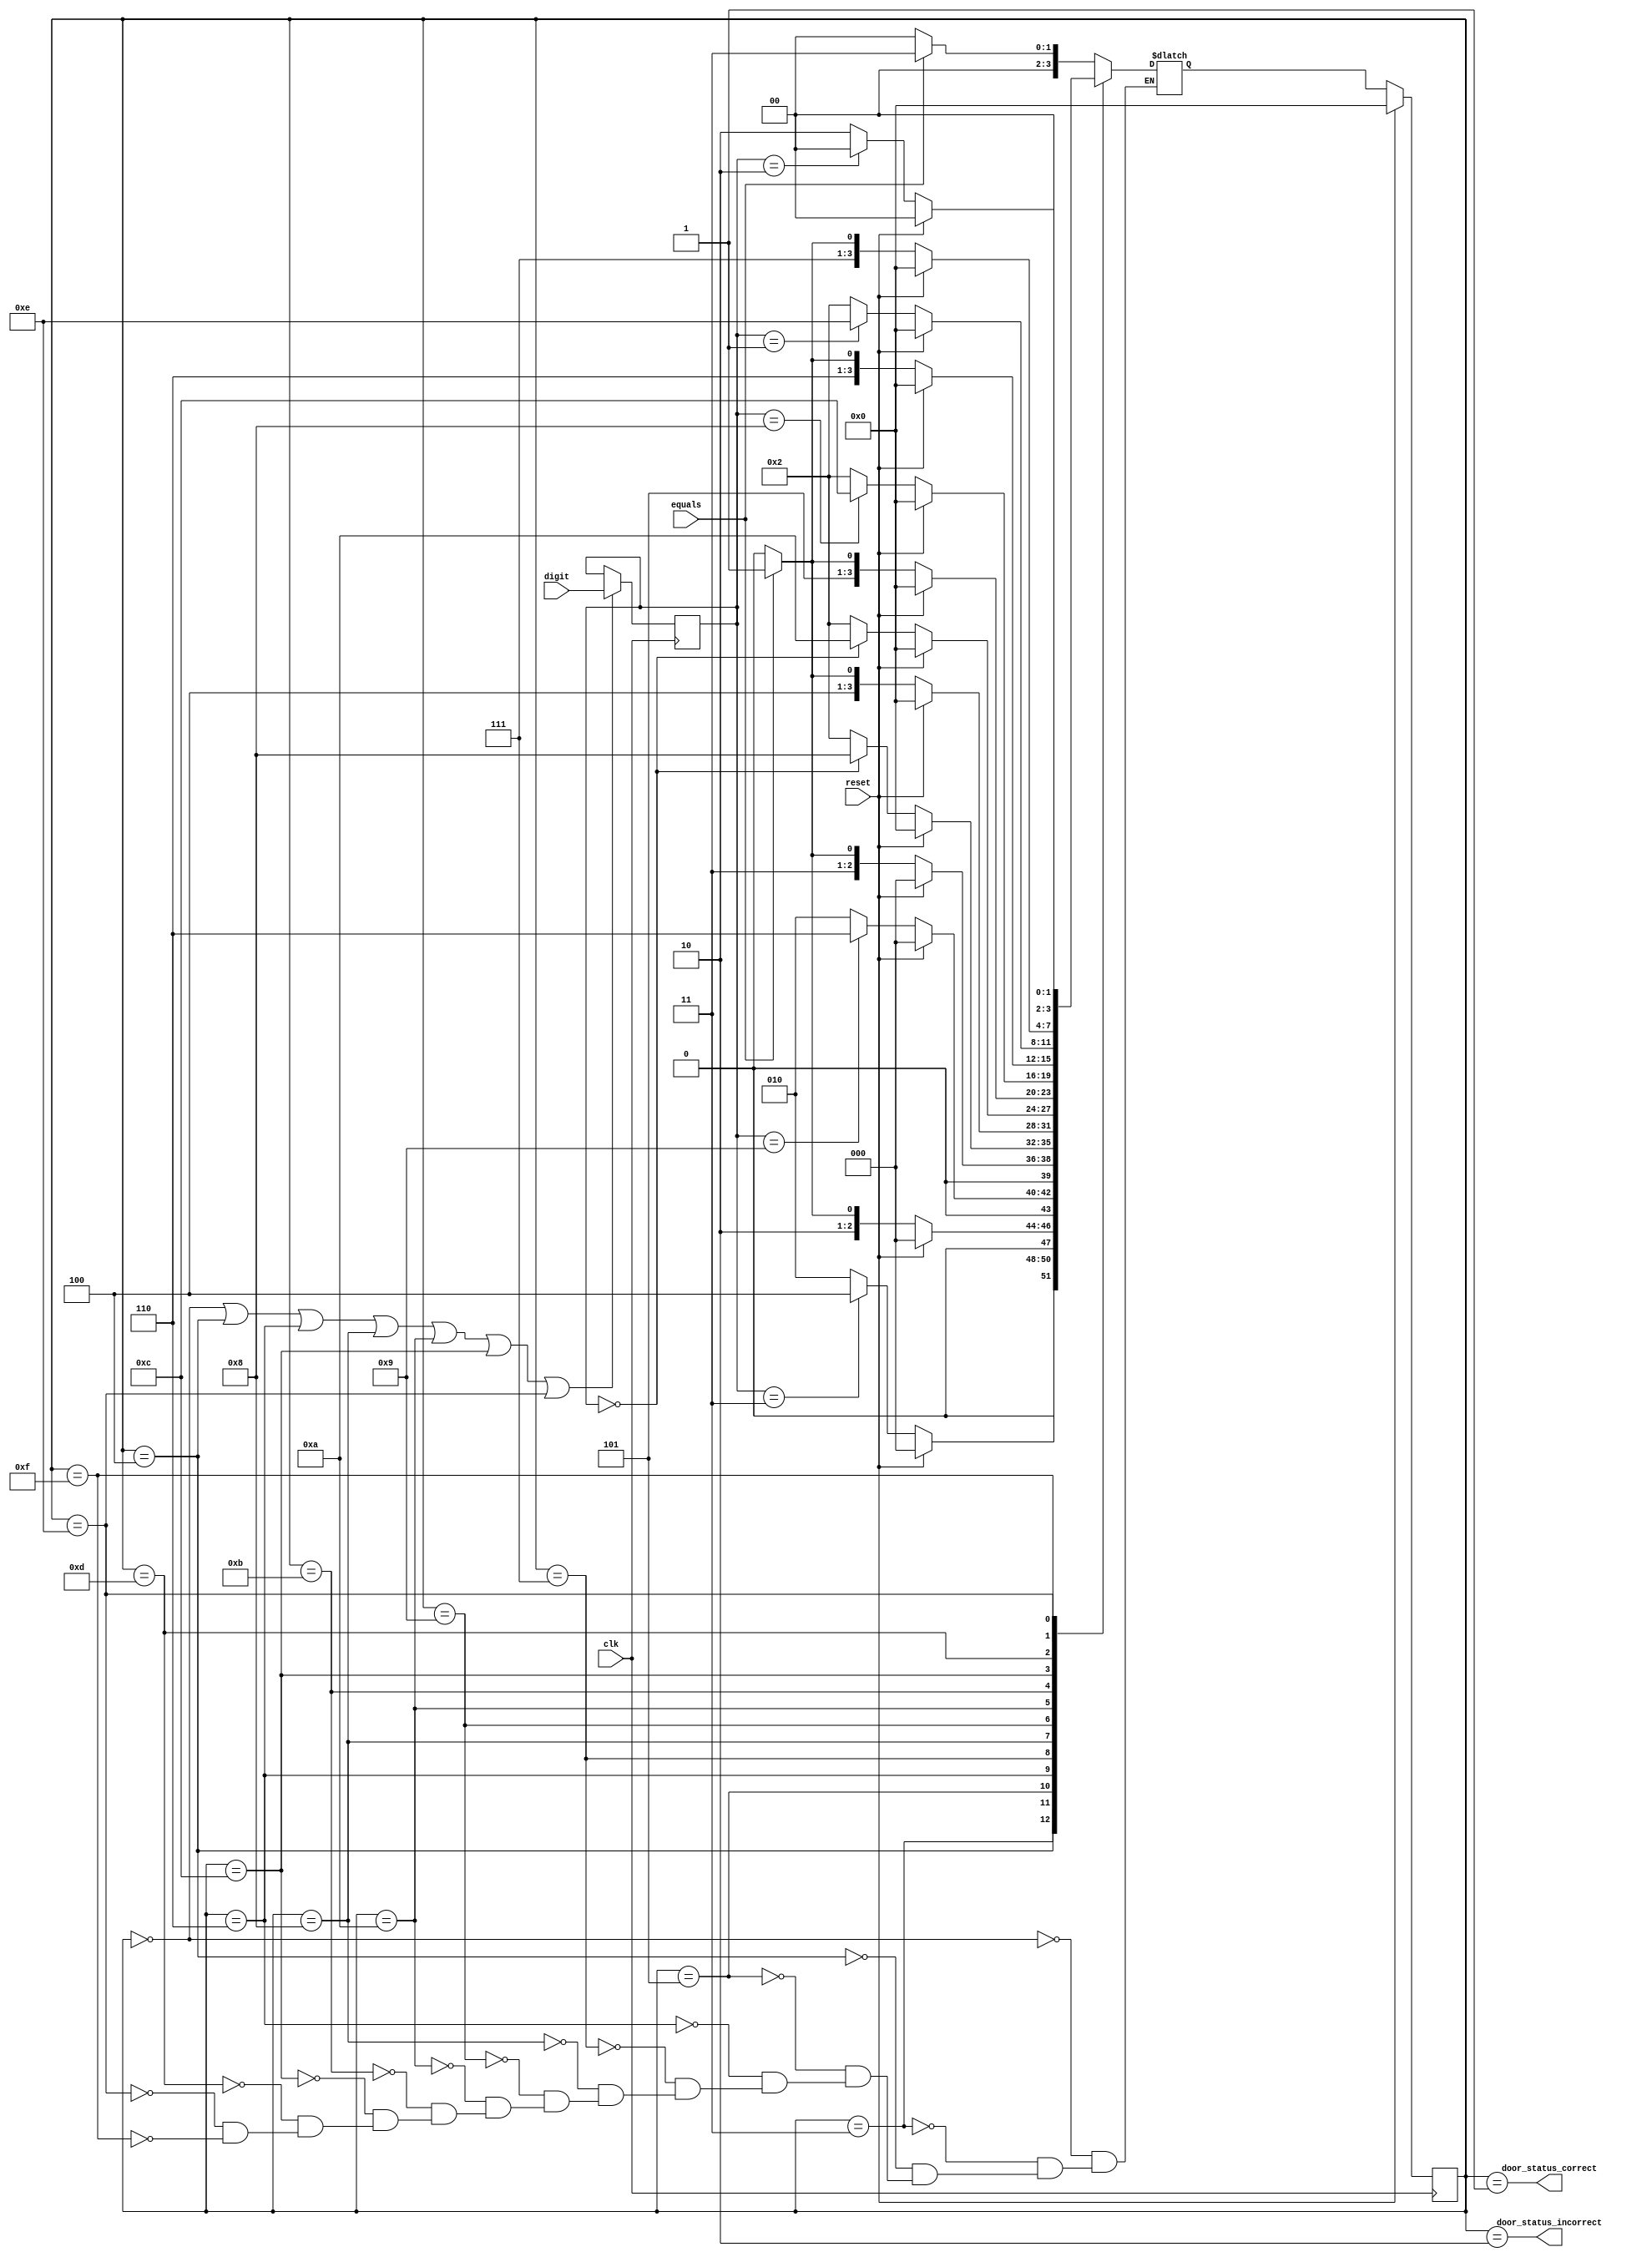
module keyPad(reset, equals, clk, digit, door_status_correct, door_status_incorrect);
	input reset, clk, equals;
	input [3:0] digit;
	reg[3:0] stored_digit;
	//just state for this, so we don't actually
	reg [3:0]state, next_state;
	//need to figure out 
	output door_status_correct;
	output door_status_incorrect;
	
	//wires.
	wire LD_N;
	//wire [3:0] feed_digit;
	
	
	//39008121
	//finish
	//if incorrect goes to a separate state.
	localparam XInit = 5'd0;
	localparam XFinish = 5'd1;
	localparam XIncorrect = 5'd2;
	localparam XCheckFirstDigit = 4'd3;
	localparam XGetSecond = 5'd4;
	localparam XCheckSecondDigit = 5'd5;
	localparam XGetThird = 5'd6;
	localparam XCheckThirdDigit = 5'd7;
	localparam XGetFourth = 5'd8;
	localparam XCheckFourthDigit = 5'd9;
	localparam XGetFifth = 5'd10;
	localparam XCheckFifthDigit = 5'd11;
	localparam XGetSixth = 5'd12;
	localparam XCheckSixthDigit = 5'd13;
	localparam XGetSeventh = 5'd14;
	localparam XCheckSeventhDigit = 5'd15;
	localparam XGetEigth = 5'd16;
	localparam XCheckEigthDigit = 5'd17;


	
	//so have two outputs incorrect and correct.
	
	//look up the difference between assign.
	
	//reset have to have available 
	initial begin
		state <= XInit;
		stored_digit <= 'd0;
	end
	
	//next state
	//don't need a begin and end here. 
	always @(posedge clk)
		if (reset)
			state <= XInit;
		else
			state <= next_state;
			
		
	always @(posedge clk)
	begin
		//N_TC <= LD_N ? NumberTC : N_TC;
		//stored_digit
		stored_digit <= LD_N ? digit : stored_digit;
	end
	
	//data path state uodate.
	//need to reset here as well. 
	//combinational portion
	//like enum case.
	always @(*)
	case(state)
		XInit:
			if(equals)
				next_state <= XCheckFirstDigit;
			else
				next_state <= XInit;
		XCheckFirstDigit:
			if(reset)
				next_state <= XInit;
			else if(stored_digit == 4'd3)
				next_state <= XGetSecond;
			else
				next_state <= XIncorrect;
		XGetSecond:
			if(reset)
				next_state <= XInit;
			else if(equals)
				next_state <= XCheckSecondDigit;
			else
				next_state <= XGetSecond;
		XCheckSecondDigit:
			if(reset)
				next_state <= XInit;
			else if(stored_digit == 4'd9)
				next_state <= XGetThird;
			else
				next_state <= XIncorrect;
		XGetThird:
			if(reset)
				next_state <= XInit;
			else if(equals)
				next_state <= XCheckThirdDigit;
			else
				next_state <= XGetThird;
		XCheckThirdDigit:
			if(reset)
				next_state <= XInit;
			else if(stored_digit == 4'd0)
				next_state <= XGetFourth;
			else
				next_state <= XIncorrect;
		XGetFourth:
			if(reset)
				next_state <= XInit;
			else if(equals)
				next_state <= XCheckFourthDigit;
			else
				next_state <= XGetFourth;
		XCheckFourthDigit:
			if(reset)
				next_state <= XInit;
			else if(stored_digit == 4'd0)
				next_state <= XGetFifth;
			else
				next_state <= XIncorrect;
		XGetFifth:
			if(reset)
				next_state <= XInit;
			else if(equals)
				next_state <= XCheckFifthDigit;
			else
				next_state <= XGetFifth;
		XCheckFifthDigit:
			if(reset)
				next_state <= XInit;
			else if(stored_digit == 4'd8)
				next_state <= XGetSixth;
			else
				next_state <= XIncorrect;
		XGetSixth:
			if(reset)
				next_state <= XInit;
			else if(equals)
				next_state <= XCheckSixthDigit;
			else
				next_state <= XGetSixth;
		XCheckSixthDigit:
			if(reset)
				next_state <= XInit;
			else if(stored_digit == 4'd1)
				next_state <= XGetSeventh;
			else
				next_state <= XIncorrect;
		XGetSeventh:
			if(reset)
				next_state <= XInit;
			else if(equals)
				next_state <= XCheckSeventhDigit;
			else
				next_state <= XGetSeventh;
		XCheckSeventhDigit:
			if(reset)
				next_state <= XInit;
			else if(stored_digit == 4'd2)
				next_state <= XGetEigth;
			else
				next_state <= XIncorrect;
		XGetEigth:
			if(reset)
				next_state <= XInit;
			else if(equals)
				next_state <= XCheckEigthDigit;
			else
				next_state <= XGetEigth;
		XCheckEigthDigit:
			if(reset)
				next_state <= XInit;
			else if(stored_digit == 4'd1)
				next_state <= XFinish;
			else
				next_state <= XIncorrect;	
	endcase
	
	
	//set the next 
	
	
	//assigning signals 
	//so in the next thing we'd need to check that 1 and 2,
	//then that is correct.
	//Follow this: 
	//so get number states is when get number
	//and then you have to check in next state. 
	//because in addition you check if overflow, so
	//even in calculator you go to check overflow, 
	//so for addition keeps getting added so it's fine. 
	
	//okay so LD_N and is working. 
	assign LD_N = (state == XInit || state == XGetSecond || state == XGetThird || state == XGetFourth || state == XGetFifth || state == XGetSixth || state == XGetSeventh || state == XGetEigth);
	assign door_status_correct = (state == XFinish);
	assign door_status_incorrect = (state == XIncorrect);
	
	
endmodule